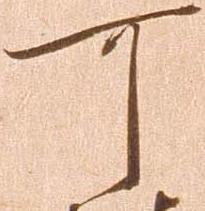
可